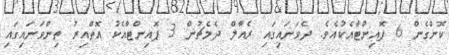
ކޮށްގެން 6 ޕޮއިންޓާއެކުއެވެ. ދެވަނައިގައި ރެއާލް ދެމެޗުން 3 ޕޮއިންޓާއެކު އޮތްއިރު ތިންވަނައިގައި